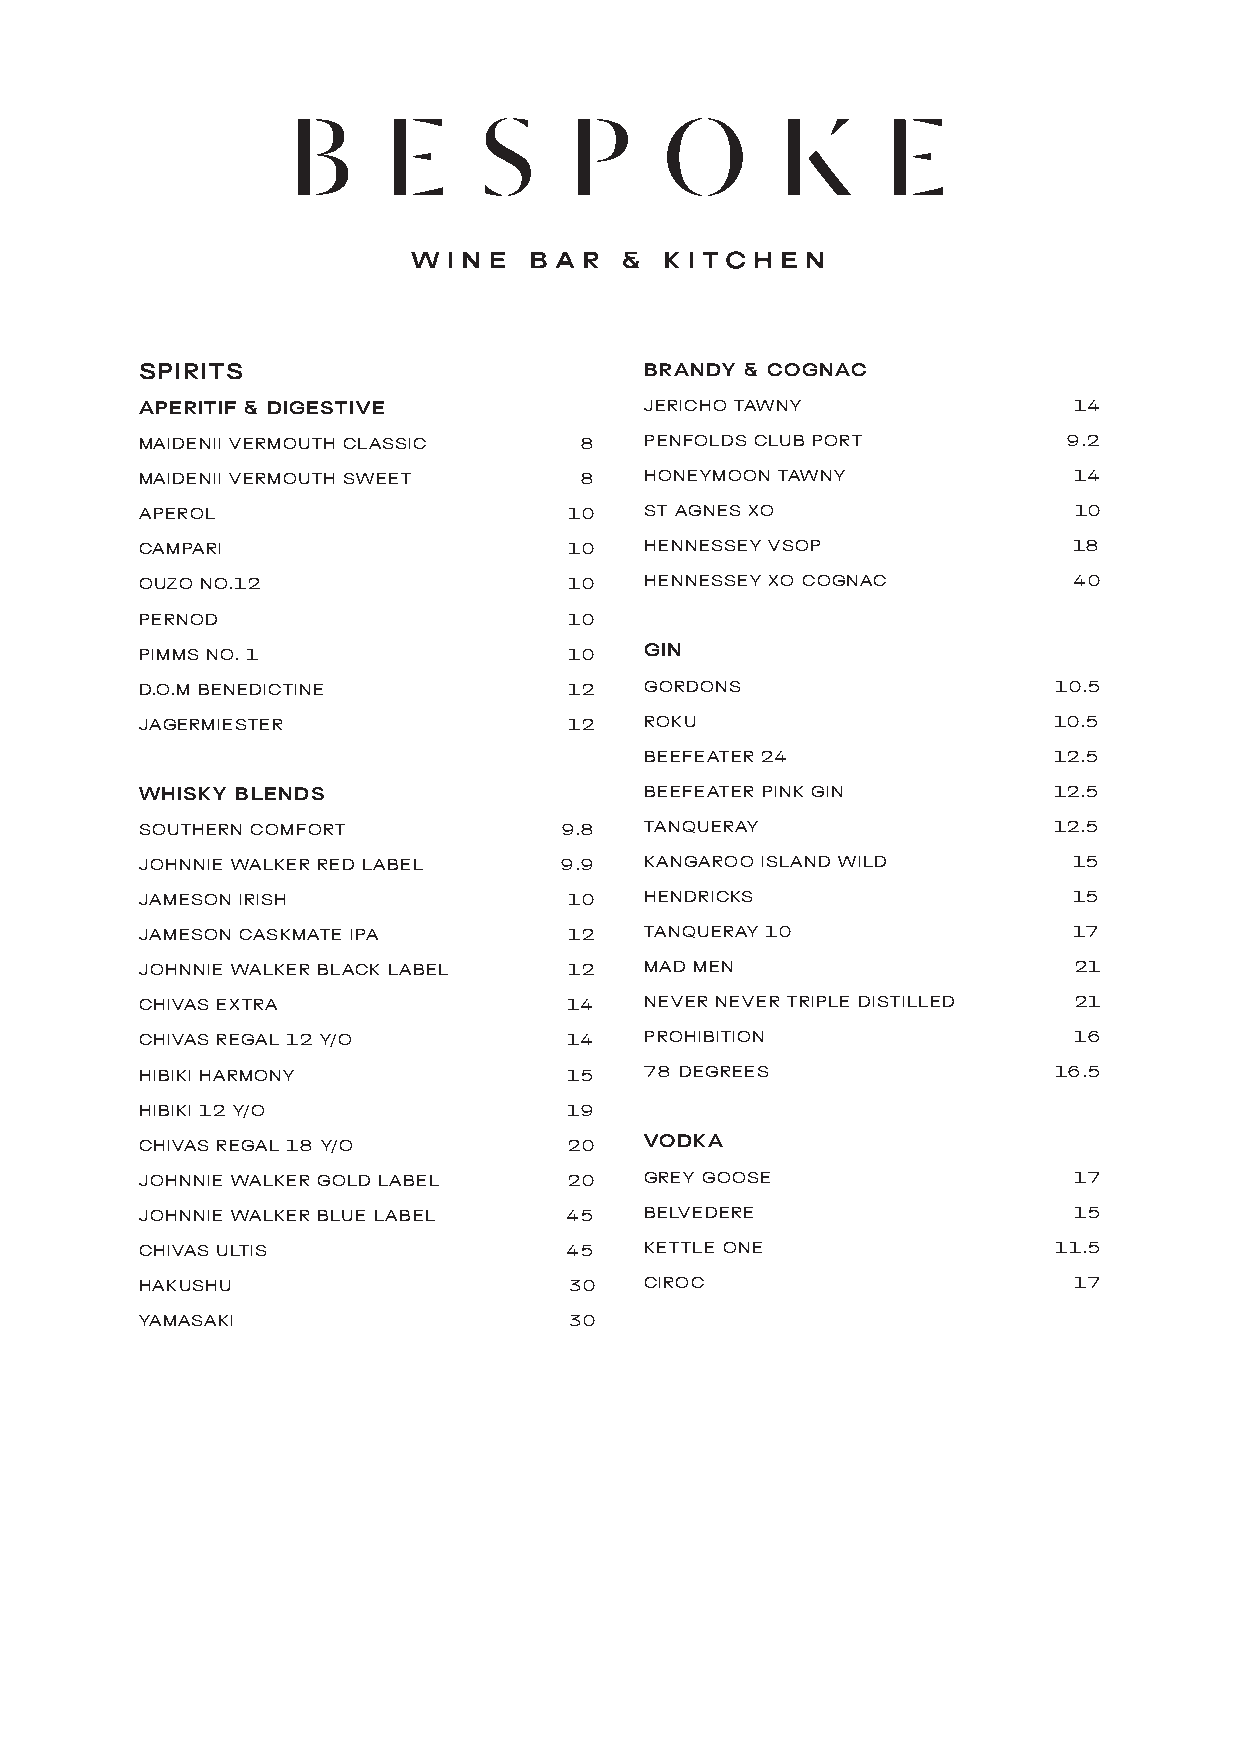
SPIRITS                           BRANDY & COGNAC
 APERITIF & DIGESTIVE              JERICHO TAWNY               14
 MAIDENII VERMOUTH CLASSIC    8    PENFOLDS CLUB PORT          9.2
 MAIDENII VERMOUTH SWEET      8    HONEYMOON TAWNY             14
 APEROL                      10    ST AGNES XO                 10
 CAMPARI                     10    HENNESSEY VSOP              18
 OUZO NO.12                   10   HENNESSEY XO COGNAC         40
 PERNOD                      10
 PIMMS NO. 1                  10   GIN
 D.O.M BENEDICTINE            12   GORDONS                    10.5
 JAGERMIESTER                12    ROKU                       10.5
 BEEFEATER 24               12.5
 WHISKY BLENDS                     BEEFEATER PINK GIN         12.5
 SOUTHERN COMFORT            9.8   TANQUERAY                  12.5
 JOHNNIE WALKER RED LABEL    9.9   KANGAROO ISLAND WILD        15
 JAMESON IRISH                10   HENDRICKS                   15
 JAMESON CASKMATE IPA         12   TANQUERAY 10                17
 JOHNNIE WALKER BLACK LABEL   12   MAD MEN                     21
 CHIVAS EXTRA                 14   NEVER NEVER TRIPLE DISTILLED 21
 CHIVAS REGAL 12 Y/O          14   PROHIBITION                 16
 HIBIKI HARMONY               15   78 DEGREES                 16.5
 HIBIKI 12 Y/O                19
 CHIVAS REGAL 18 Y/O          20   VODKA
 JOHNNIE WALKER GOLD LABEL    20   GREY GOOSE                  17
 JOHNNIE WALKER BLUE LABEL   45    BELVEDERE                   15
 CHIVAS ULTIS                45    KETTLE ONE                 11.5
 HAKUSHU                     30    CIROC                       17
 YAMASAKI                     30